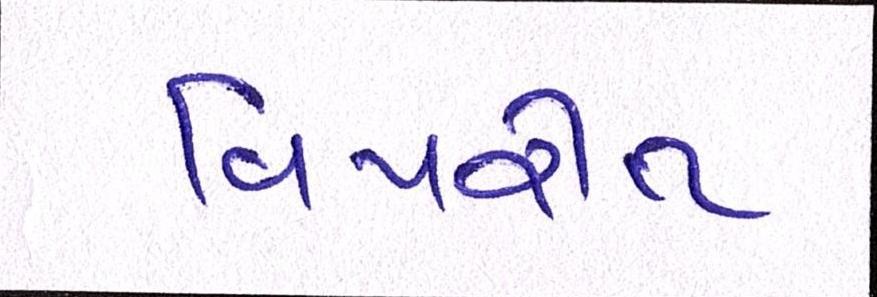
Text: વિપરીત